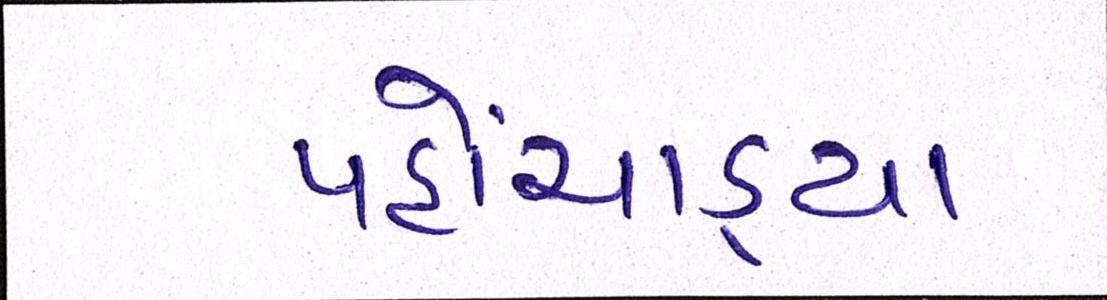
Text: પહોંચાડ્યા